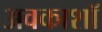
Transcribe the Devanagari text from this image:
अवकाशॉ